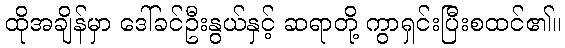
ထိုအချိန်မှာ ဒေါ်ခင်ဦးနွယ်နှင့် ဆရာတို့ ကွာရှင်းပြီးစထင်၏။